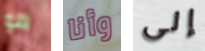
هو وأنا إلى